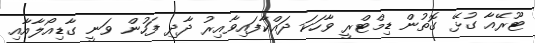
ޓޫރޭއާ ގުޅޭ ގޮތުން ޑިމްޓްރީ ވާހަކަ ދައްކާފައިވާއިރު ދާދި ފަހުން ވަނީ ގާޑިއޯލާއާއި